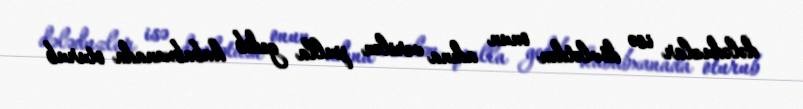
dələduzlar isə dövlətdən onun adına verilən pulla gedib kababxanada oturub